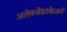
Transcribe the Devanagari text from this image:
अलेक्जेंडरकेज़र्न